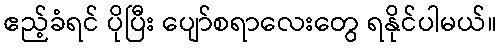
ဧည့်ခံရင် ပိုပြီး ပျော်စရာလေးတွေ ရနိုင်ပါမယ်။